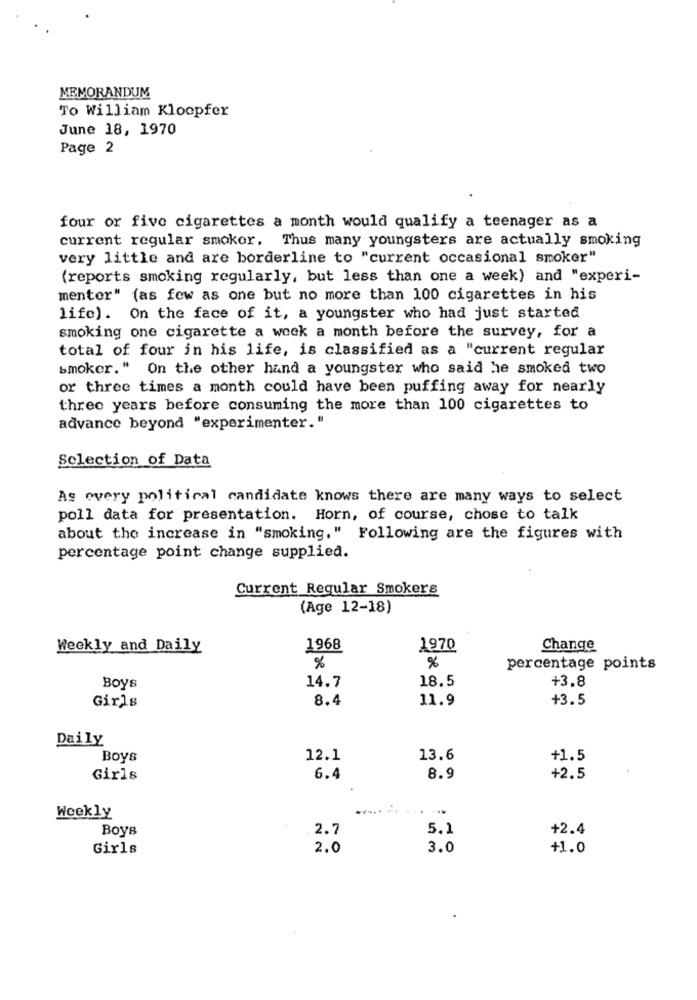
MEMORANDUM
To William Kloopfer
June 18, 1970
Page 2
four or five cigarettes a month would qualify a teenager as a
current regular smokor. Thus many youngsters are actually smoking
very little and are borderline to "current occasional smoker"
(reports smoking regularly, but less than one a week) and "experi-
menter" (as few as one but no more than 100 cigarettes in his
life). On the face of it, a youngster who had just started
smoking one cigarette a week a month before the survey, for a
total of four in his life, is classified as a "current regular
smoker." On the other hand a youngster who said he smoked two
or three times a month could have been puffing away for nearly
three years before consuming the more than 100 cigarettes to
advance beyond "experimenter."
Selection of Data
As every political candidate knows there are many ways to select
poll data for presentation. Horn, of course, chose to talk
about the increase in "smoking." Following are the figures with
percentage point change supplied.
Current Regular Smokers
(Age 12-18)
Weekly and Daily
1968
1970
Change
%
%
percentage points
Boys
14.7
18.5
+3.8
Girls
8.4
11.9
+3.5
Daily
Boys
12.1
13.6
+1.5
Girls
6.4
8.9
+2.5
Weekly
Boys
2.7
5.1
+2.4
Girls
2.0
3.0
+1.0